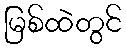
မြစ်ထဲတွင်